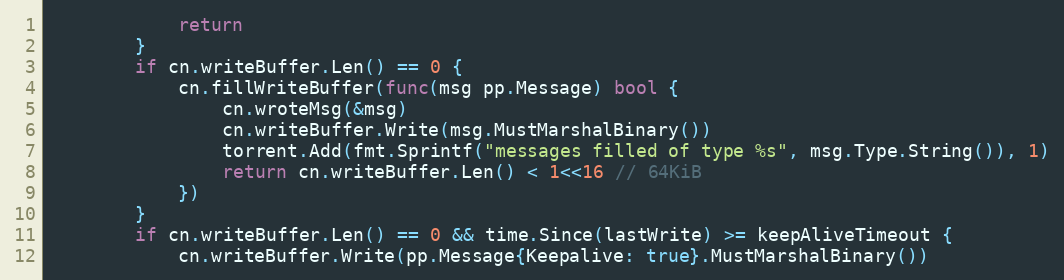
Language: Go
			return
		}
		if cn.writeBuffer.Len() == 0 {
			cn.fillWriteBuffer(func(msg pp.Message) bool {
				cn.wroteMsg(&msg)
				cn.writeBuffer.Write(msg.MustMarshalBinary())
				torrent.Add(fmt.Sprintf("messages filled of type %s", msg.Type.String()), 1)
				return cn.writeBuffer.Len() < 1<<16 // 64KiB
			})
		}
		if cn.writeBuffer.Len() == 0 && time.Since(lastWrite) >= keepAliveTimeout {
			cn.writeBuffer.Write(pp.Message{Keepalive: true}.MustMarshalBinary())